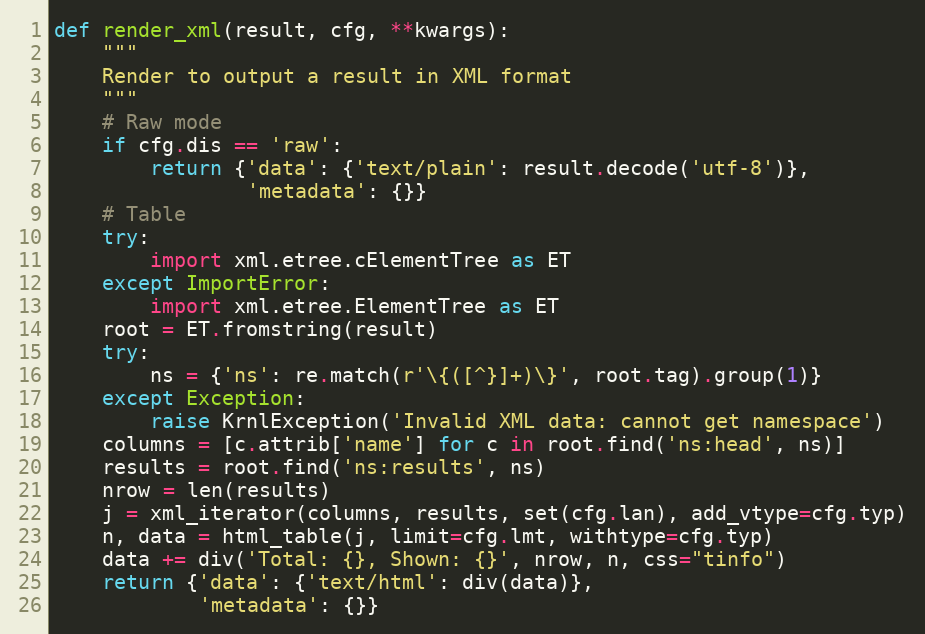
Language: Python
def render_xml(result, cfg, **kwargs):
    """
    Render to output a result in XML format
    """
    # Raw mode
    if cfg.dis == 'raw':
        return {'data': {'text/plain': result.decode('utf-8')},
                'metadata': {}}
    # Table
    try:
        import xml.etree.cElementTree as ET
    except ImportError:
        import xml.etree.ElementTree as ET
    root = ET.fromstring(result)
    try:
        ns = {'ns': re.match(r'\{([^}]+)\}', root.tag).group(1)}
    except Exception:
        raise KrnlException('Invalid XML data: cannot get namespace')
    columns = [c.attrib['name'] for c in root.find('ns:head', ns)]
    results = root.find('ns:results', ns)
    nrow = len(results)
    j = xml_iterator(columns, results, set(cfg.lan), add_vtype=cfg.typ)
    n, data = html_table(j, limit=cfg.lmt, withtype=cfg.typ)
    data += div('Total: {}, Shown: {}', nrow, n, css="tinfo")
    return {'data': {'text/html': div(data)},
            'metadata': {}}